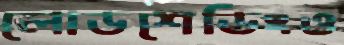
লোডশেডিংও